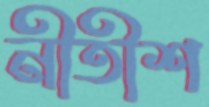
নীতীশ